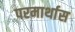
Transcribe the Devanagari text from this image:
परमार्थास